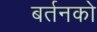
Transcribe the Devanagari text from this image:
बर्तनको